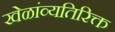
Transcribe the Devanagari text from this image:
खेळांव्यतिरिक्त